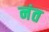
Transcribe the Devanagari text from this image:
नंत